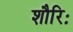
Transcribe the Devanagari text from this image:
शौरिः